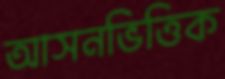
আসনভিত্তিক